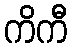
ကိကီ